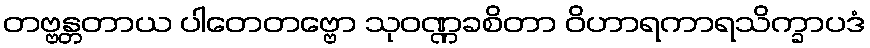
တဗ္ဗန္တတာယ ပါတေတဗ္ဗော သုဝဏ္ဏခစိတာ ဝိဟာရကာရသိက္ခာပဒံ